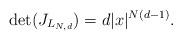
LaTeX: \begin{align*}\det(J_{L_{N,d}})=d|x|^{N\left( d-1\right) }. \end{align*}